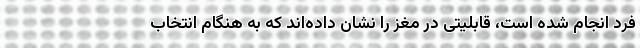
فرد انجام شده است، قابلیتی در مغز را نشان داده‌اند که به هنگام انتخاب